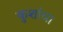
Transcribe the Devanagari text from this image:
कुशांचा